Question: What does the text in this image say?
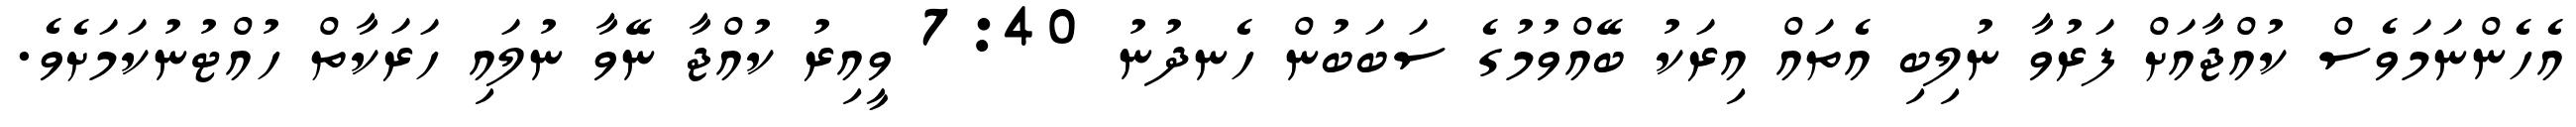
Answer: އެހެންނަމަވެސް ކުއްޖާއަށް ފަރުވާ ނުލިބި އެތައް އިރަކު ބޭއްވުމުގެ ސަބަބުން ހެނދުނު 7:40 ވީއިރު ކުއްޖާ ނޭވާ ނުލައި ހަރަކާތް ހުއްޓުނުކަމަށެވެ.